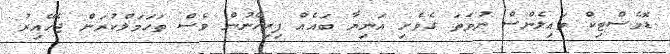
ޑޮމެސްޓިކް ވައިލެންސް ނުވަތަ ގެވެށި އަނިޔާ ބައެއް ފިރިހެނުން ވެސް ތަހަމަލްކުރަން ޖެހޭއިރު